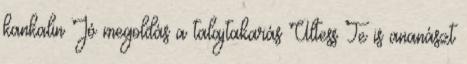
kankalin Jó megoldás a talajtakarás Ültess Te is ananászt